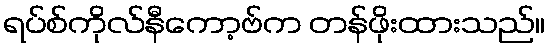
ရပ်စ်ကိုလ်နီကော့ဗ်က တန်ဖိုးထားသည်။